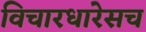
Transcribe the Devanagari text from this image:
विचारधारेसच